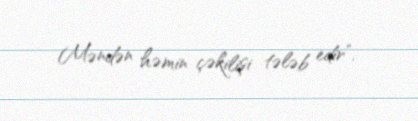
Məndən həmin çəkilişi tələb edir”.